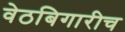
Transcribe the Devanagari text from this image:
वेठबिगारीच